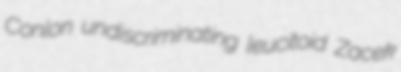
Conlon undiscriminating leucitoid Zacek